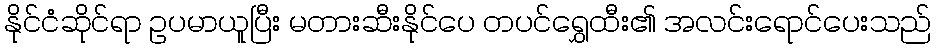
နိုင်ငံဆိုင်ရာ ဥပမာယူပြီး မတားဆီးနိုင်ပေ တပင်ရွှေထီး၏ အလင်းရောင်ပေးသည်